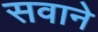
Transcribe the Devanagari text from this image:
सवाने